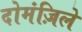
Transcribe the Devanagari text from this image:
दोमंज़िले